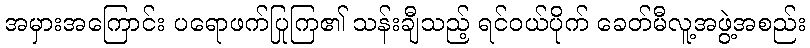
အမှားအကြောင်း ပရောဖက်ပြုကြ၏ သန်းချီသည့် ရင်ဝယ်ပိုက် ခေတ်မီလူ့အဖွဲ့အစည်း